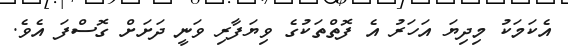
އެކަމަކު މިދިޔަ އަހަރު އެ ފޮތްތަކުގެ ވިޔަފާރި ވަނީ ދަށަށް ގޮސްފަ އެވެ.